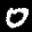
Label: 0